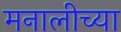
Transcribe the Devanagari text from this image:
मनालीच्या